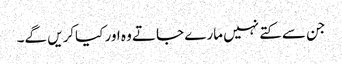
جن سے کتے نہیں مارے جاتے وہ اور کیاکریں گے۔